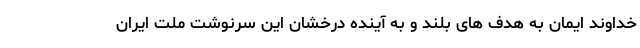
خداوند ایمان به هدف های بلند و به آینده درخشان این سرنوشت ملت ایران